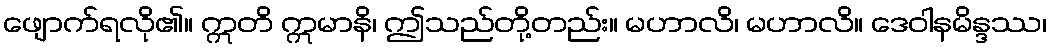
ဖျောက်ရလို၏။ ဣတိ ဣမာနိ၊ ဤသည်တို့တည်း။ မဟာလိ၊ မဟာလိ။ ဒေဝါနမိန္ဒဿ၊